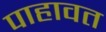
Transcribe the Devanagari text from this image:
पाहावत